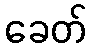
ခေတ်